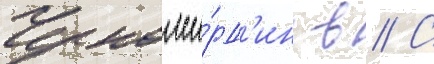
Черномы́рд'ин в // С